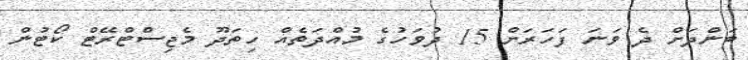
ބަންދަށް ދެ ވަނަ ފަހަރަށް 15 ދުވަހުގެ މުއްދަތެއް ހިތަދޫ މެޖިސްޓްރޭޓް ކޯޓުން